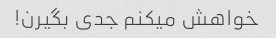
خواهش میکنم جدی بگیرن!